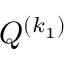
{ Q } ^ { ( k _ { 1 } ) }